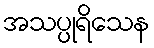
အသပ္ပုရိသေန